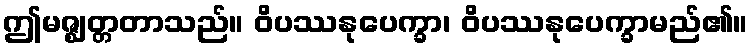
ဤမဇ္ဈတ္တတာသည်။ ဝိပဿနုပေက္ခာ၊ ဝိပဿနုပေက္ခာမည်၏။